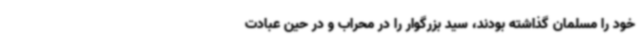
خود را مسلمان گذاشته بودند، سید بزرگوار را در محراب و در حین عبادت